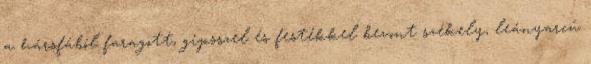
a hársfából faragott, gipsszel és festékkel bevont székely, leányarcú